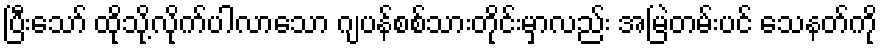
ပြီးသော် ထိုသို့လိုက်ပါလာသော ဂျပန်စစ်သားတိုင်းမှာလည်း အမြဲတမ်းပင် သေနတ်ကို